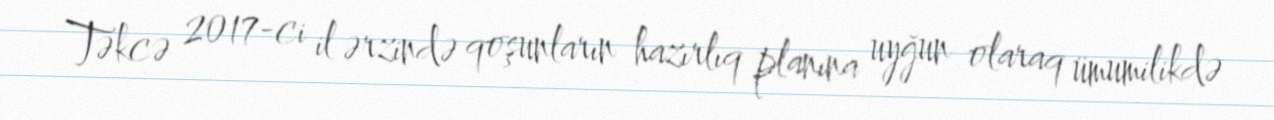
Təkcə 2017-ci il ərzində qoşunların hazırlıq planına uyğun olaraq ümumilikdə